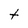
Character: t